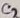
Text: C2